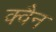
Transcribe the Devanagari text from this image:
क्वैन